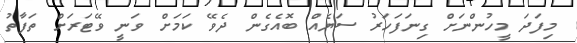
މިފަދަ މީހުންނަށް ގިނަފަހަރު ސަޔެއް ބޮއެގެން ދެވޭ ކަމަށް ވަނީ ވޭޓަރަށް ތަފާތު